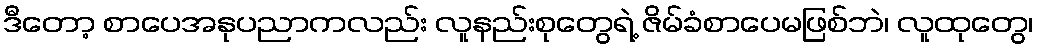
ဒီတော့ စာပေအနုပညာကလည်း လူနည်းစုတွေရဲ့ ဇိမ်ခံစာပေမဖြစ်ဘဲ၊ လူထုတွေ၊